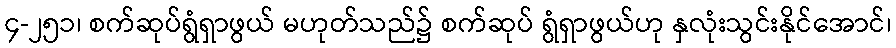
၄-၂၅၁၊ စက်ဆုပ်ရွံရှာဖွယ် မဟုတ်သည်၌ စက်ဆုပ် ရွံရှာဖွယ်ဟု နှလုံးသွင်းနိုင်အောင်၊